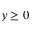
y \ge 0